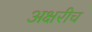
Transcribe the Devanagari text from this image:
अक्षरीच